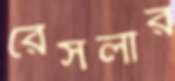
রেসলার